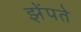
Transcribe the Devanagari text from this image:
झेंपते